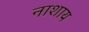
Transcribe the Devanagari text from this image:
नाशाय